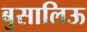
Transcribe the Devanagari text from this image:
बुसालिऊ